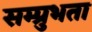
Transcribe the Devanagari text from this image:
सम्प्रुभता